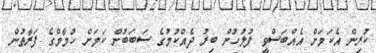
ކުރިން އެކަމަށް އެއްބަސްވީ ފުލުހުން ބިރު ދެއްކުމުގެ ސަބަބުން ކަމަށް ހުމާމްގެ ފަރާތުން